Trukikaitis_Postimees, lk 155
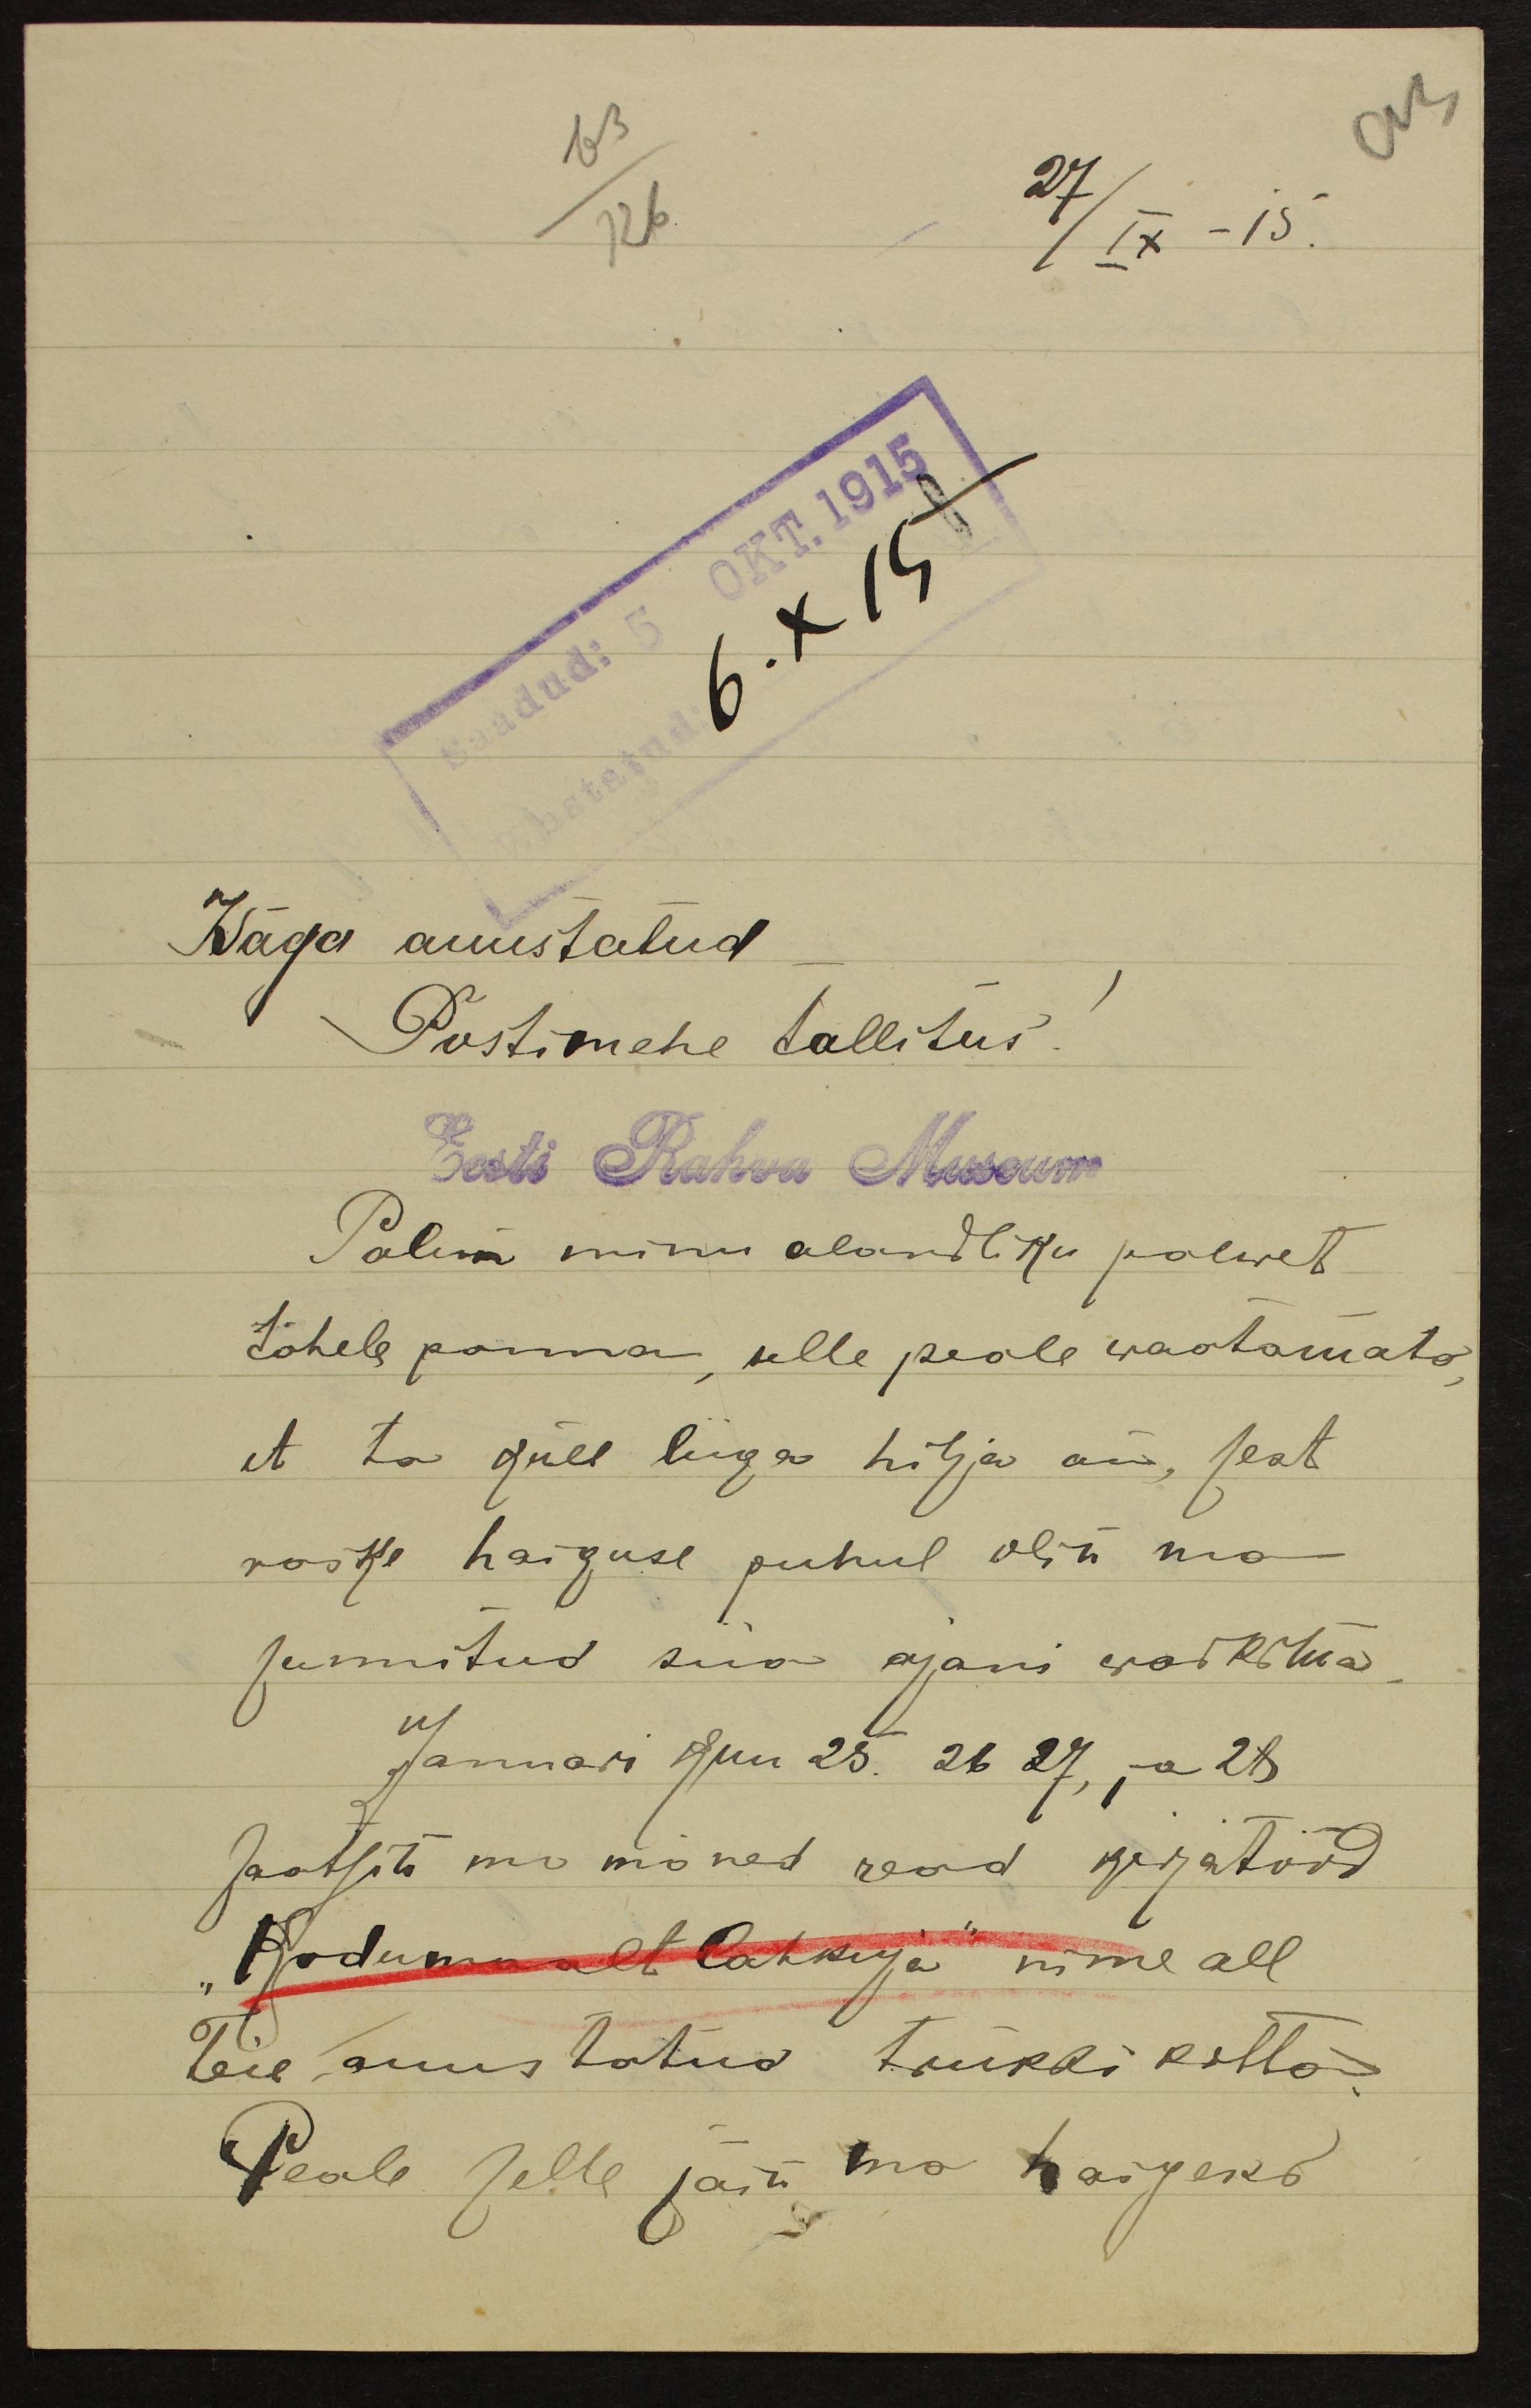
27/IX -15.
Saadud: 5 OKT. 1915
6. X 15
Wäga auustatud
Postimehe tallitus!
Eest Rahva Museum
Palun minu alandliku palwet
tähele panna, selle peale waatamata
et ta küll liiga hilja on, sest
raske haiguse puhul olin ma
sunnitud siia ajani waikma.
Januari kuu 25. 26 27, ja 28
saatsin ma mõned read kirjatööd
"Kodumaalt lahkuja" nime all
Teie auustatud trükki kotta
Peale selle jäin ma haigeks